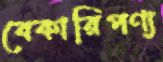
বেকারিপণ্য